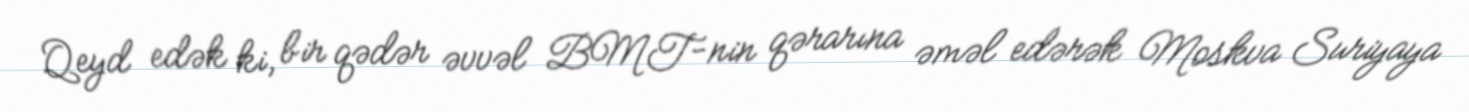
Qeyd edək ki, bir qədər əvvəl BMT-nin qərarına əməl edərək Moskva Suriyaya